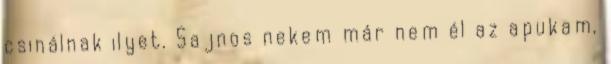
csinálnak ilyet. Sajnos nekem már nem él az apukam,